Civil Veterinary Department. Madras. Admin. report 1926-33 - 1926-1933
Year: 1926
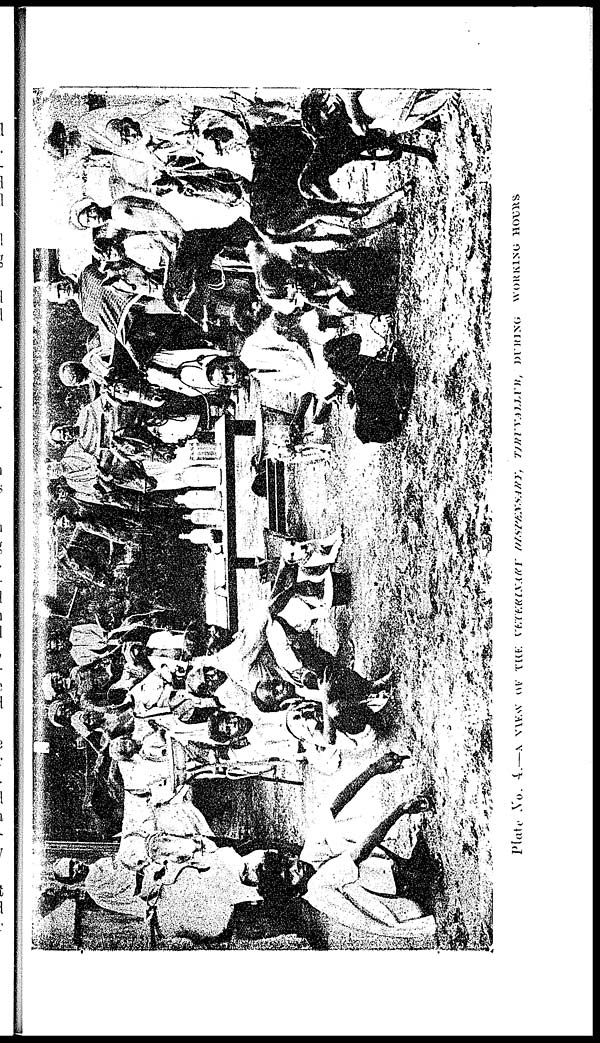
Plate No. 4.—A VIEW OF THE VETERINARY DISPENSARY, TIRUVALLUR, DURING WORKING HOURS